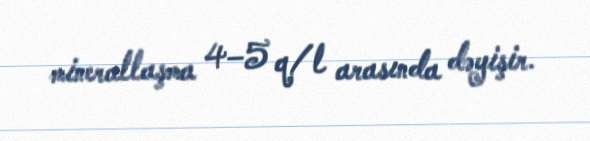
minerallaşma 4–5 q/l arasında dəyişir.